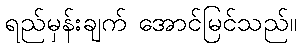
ရည်မှန်းချက် အောင်မြင်သည်။